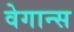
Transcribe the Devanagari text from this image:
वेगान्स